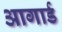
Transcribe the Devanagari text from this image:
आगार्ड